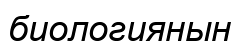
биологиянын